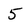
Character: 5